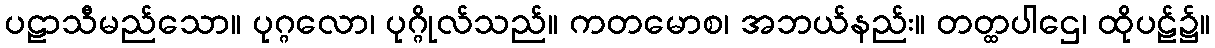
ပဠာသီမည်သော။ ပုဂ္ဂလော၊ ပုဂ္ဂိုလ်သည်။ ကတမောစ၊ အဘယ်နည်း။ တတ္ထပါဌေ၊ ထိုပဠ်၌။